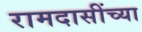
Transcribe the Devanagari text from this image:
रामदासींच्या